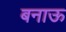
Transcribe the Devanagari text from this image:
बनाऊ